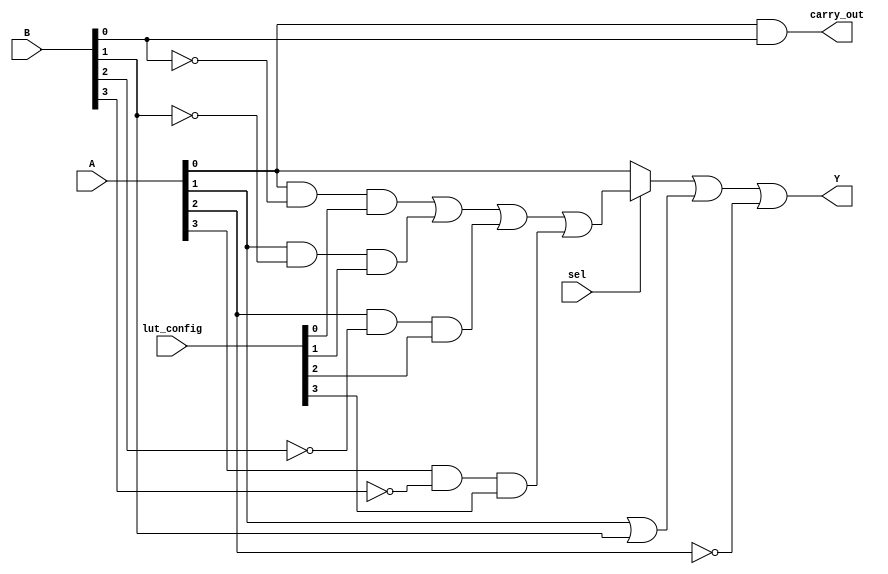
module CLB (
    input wire [3:0] A,          // 4-bit input
    input wire [3:0] B,          // 4-bit input
    input wire sel,              // Multiplexer select signal
    input wire [3:0] lut_config, // LUT configuration (truth table)
    output wire Y,               // Output of the CLB
    output wire carry_out        // Carry output for arithmetic operations
);

// Internal signals
wire [3:0] lut_out;            // Output from the LUT
wire mux_out;                  // Output from the multiplexer
wire and_out, or_out, not_out; // Outputs from additional logic gates

// Lookup Table (LUT) implementation
assign lut_out = (A[0] & ~B[0] & lut_config[0]) |
                 (A[1] & ~B[1] & lut_config[1]) |
                 (A[2] & ~B[2] & lut_config[2]) |
                 (A[3] & ~B[3] & lut_config[3]);

// Multiplexer to select between LUT output and a direct input
assign mux_out = sel ? lut_out[0] : A[0]; // Simple 1-bit multiplexer

// Additional logic gates
assign and_out = A[0] & B[0]; // AND gate
assign or_out = A[1] | B[1];  // OR gate
assign not_out = ~A[2];       // NOT gate

// Carry logic (simple example for addition)
assign carry_out = and_out; // Carry output from AND gate

// Final output of the CLB
assign Y = mux_out | or_out | not_out; // Combine outputs for final output

endmodule